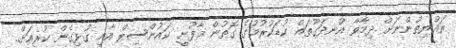
ރައްޔިތުންނަށް ދިމާވާ އުނދަގޫތައް ކުޑަކުރުމުގެ ގޮތުން މާފުށީ ކައުންސިލް އާއި ގުޅިގެން ކުރިއަށް..